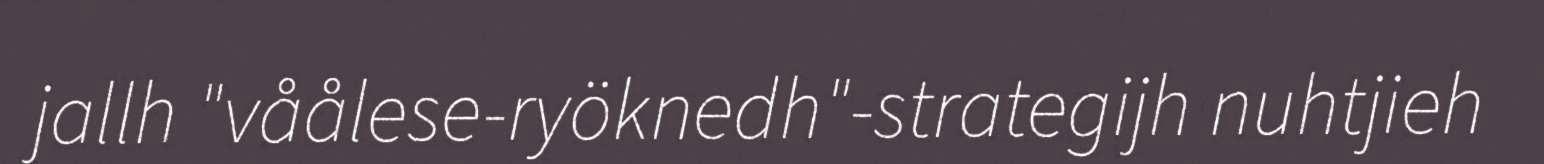
jallh "våålese-ryöknedh"-strategijh nuhtjieh